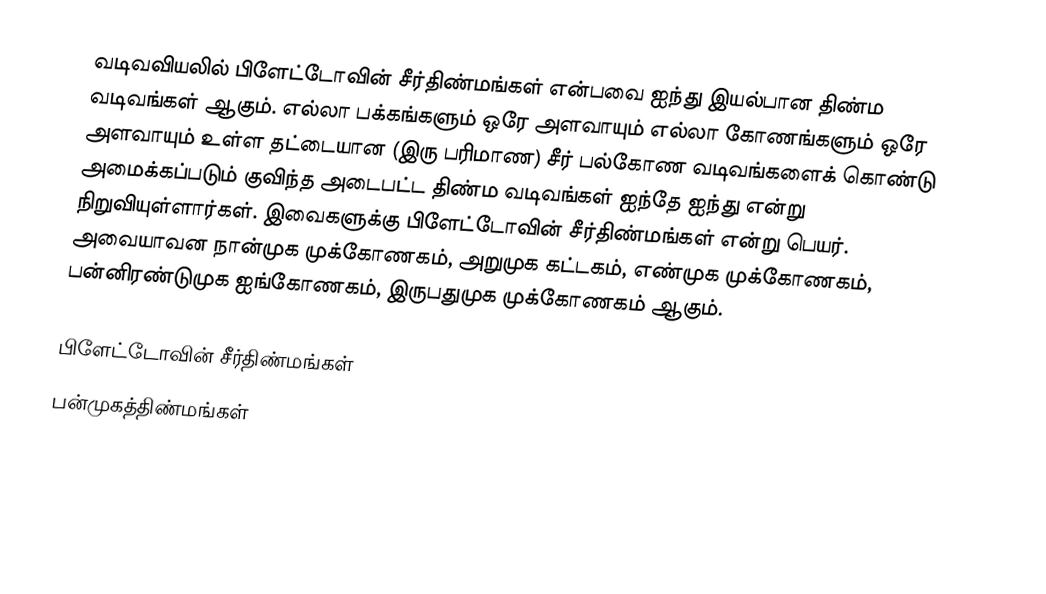
வடிவவியலில் பிளேட்டோவின் சீர்திண்மங்கள் என்பவை ஐந்து இயல்பான திண்ம வடிவங்கள் ஆகும். எல்லா பக்கங்களும் ஒரே அளவாயும் எல்லா கோணங்களும் ஒரே அளவாயும் உள்ள தட்டையான (இரு பரிமாண) சீர் பல்கோண வடிவங்களைக் கொண்டு அமைக்கப்படும் குவிந்த அடைபட்ட திண்ம வடிவங்கள் ஐந்தே ஐந்து என்று நிறுவியுள்ளார்கள். இவைகளுக்கு பிளேட்டோவின் சீர்திண்மங்கள் என்று பெயர். அவையாவன நான்முக முக்கோணகம், அறுமுக கட்டகம், எண்முக முக்கோணகம், பன்னிரண்டுமுக ஐங்கோணகம், இருபதுமுக முக்கோணகம் ஆகும்.

பிளேட்டோவின் சீர்திண்மங்கள்
பன்முகத்திண்மங்கள்